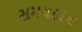
સમયદાન